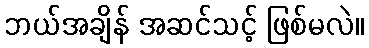
ဘယ်အချိန် အဆင်သင့် ဖြစ်မလဲ။